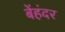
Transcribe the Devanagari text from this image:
बेंहंदर